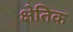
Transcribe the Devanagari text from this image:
क्षेतिक